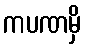
ကပဏမှိ